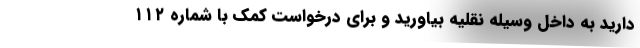
دارید به داخل وسیله نقلیه بیاورید و برای درخواست کمک با شماره ۱۱۲